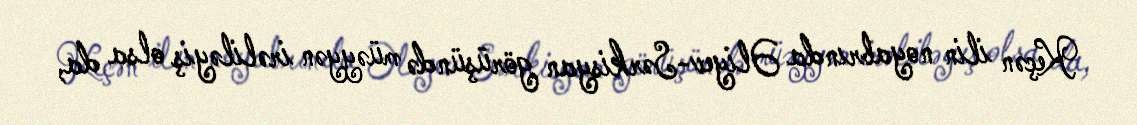
Keçən ilin noyabrında Əliyev-Sərkisyan görüşündə müəyyən irəliləyiş olsa da,